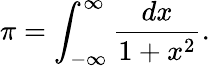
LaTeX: \pi=\int_{-\infty}^{\infty}{\frac{dx}{1+x^{2}}}.